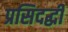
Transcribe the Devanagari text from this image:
प्रसिदद्धी